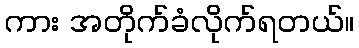
ကား အတိုက်ခံလိုက်ရတယ်။